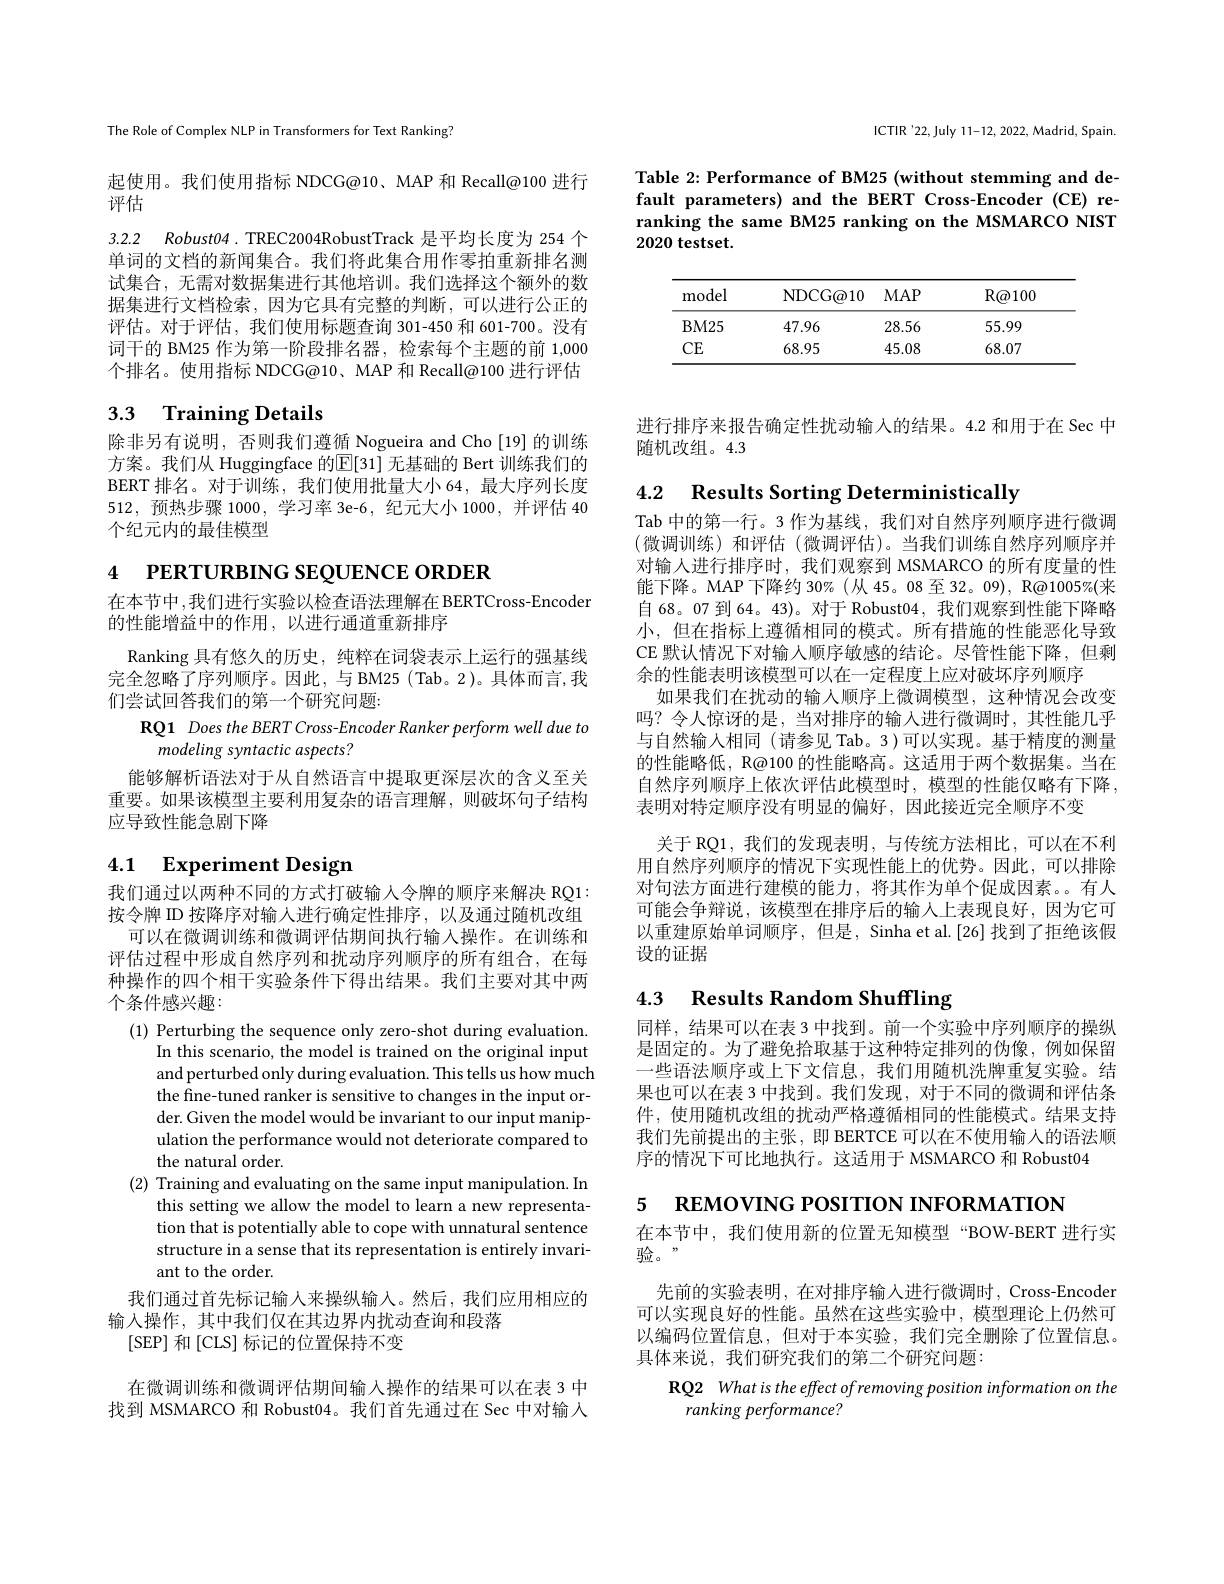
ICTIR'22,July 11-12, 2022, Madrid, Spain.

Table 2: Performance of BM25 (without stemming and default parameters) and the BERT Cross-Encoder (CE) reranking the same BM25 ranking on the MSMARCO NIST 2020 testset.

<table>
	<tbody>
		<tr>
			<th>model</th>
			<th>NDCG@ 10</th>
			<th>$MAP$</th>
			<th>$R@100$</th>
		</tr>
		<tr>
			<td>$BM25$</td>
			<td>47.96</td>
			<td>28.56</td>
			<td>55.99</td>
		</tr>
		<tr>
			<td>CE</td>
			<td>68.95</td>
			<td>45.08</td>
			<td>68.07</td>
		</tr>
	</tbody>
</table>

The Role of Complex NLP in Transformers for Text Ranking?

起使用。我们使用指标 NDCG@10、MAP 和 Recall@100 进行
评估

3.2.2 Robust04. TREC2004RobustTrack 是平均长度为 254 个

单词的文档的新闻集合。我们将此集合用作零拍重新排名测试集合，无需对数据集进行其他培训。我们选择这个额外的数据集进行文档检索，因为它具有完整的判断，可以进行公正的评估。对于评估，我们使用标题查询 301-450 和 601-700。没有词干的 BM25 作为第一阶段排名器，检索每个主题的前 1,000个排名。使用指标 NDCG@10、MAP 和 Recall@100 进行评估

## 3.3 Training Details

除非另有说明，否则我们遵循 Nogueira and Cho[19]的训练方案。我们从 Huggingface 的$\boxed{\mathrm{E}}[31]$ 无基础的 Bert 训练我们的BERT 排名。对于训练，我们使用批量大小 64,最大序列长度512,预热步骤 1000, 学习率 3e-6, 纪元大小 1000, 并评估 40个纪元内的最佳模型

4 РЕRTURBING SEQUENCE ORDER

在本节中，我们进行实验以检查语法理解在 BERTCross-Encoder
的性能增益中的作用，以进行通道重新排序

Ranking 具有悠久的历史，纯粹在词袋表示上运行的强基线完全忽略了序列顺序。因此，与 BM25 (Tab。2)。具体而言，我们尝试回答我们的第一个研究问题：

RQ1 Does the BERT Cross-Encoder Ranker perform well due to
modeling syntactic aspects?
能够解析语法对于从自然语言中提取更深层次的含义至关重要。如果该模型主要利用复杂的语言理解，则破坏句子结构应导致性能急剧下降

# 4.1 Experiment Design

我们通过以两种不同的方式打破输人令牌的顺序来解决 RQ1: 按令牌 ID 按降序对输人进行确定性排序，以及通过随机改组
可以在微调训练和微调评估期间执行输入操作。在训练和评估过程中形成自然序列和扰动序列顺序的所有组合，在每种操作的四个相干实验条件下得出结果。我们主要对其中两个条件感兴趣：
(1) Perturbing the sequence only zero-shot during evaluation
In this scenario, the model is trained on the original input and perturbed only during evaluation. This tells us how much the fine-tuned ranker is sensitive to changes in the input order. Given the model would be invariant to our input manipulation the performance would not deteriorate compared to the natural order.
(2) Training and evaluating on the same input manipulation. In
this setting we allow the model to learn a new representation that is potentially able to cope with unnatural sentence structure in a sense that its representation is entirely invariant to the order.

我们通过首先标记输人来操纵输入。然后，我们应用相应的

输入操作，其中我们仅在其边界内扰动查询和段落
[SEP] 和[CLS] 标记的位置保持不变

在微调训练和微调评估期间输入操作的结果可以在表 3 中找到 MSMARCO 和 Robust04。我们首先通过在 Sec 中对输入

进行排序来报告确定性扰动输入的结果。4.2 和用于在 Sec 中
随机改组。4.3

4.2 Results Sorting Deterministically

Tab 中的第一行。3 作为基线，我们对自然序列顺序进行微调(微调训练)和评估 (微调评估)。当我们训练自然序列顺序并对输入进行排序时，我们观察到 MSMARCO 的所有度量的性能下降。MAP 下降约 30%(从 45。08 至 32。09), R@1005%(来自 68。07 到 64。43)。对于 Robust04, 我们观察到性能下降略小，但在指标上遵循相同的模式。所有措施的性能恶化导致CE 默认情况下对输人顺序敏感的结论。尽管性能下降，但剩余的性能表明该模型可以在一定程度上应对破坏序列顺序
如果我们在扰动的输人顺序上微调模型，这种情况会改变吗？令人惊讶的是，当对排序的输入进行微调时，其性能几乎与自然输人相同(请参见 Tab。3)可以实现。基于精度的测量的性能略低，R@100 的性能略高。这适用于两个数据集。当在自然序列顺序上依次评估此模型时，模型的性能仅略有下降， 表明对特定顺序没有明显的偏好，因此接近完全顺序不变
关于 RQ1,我们的发现表明，与传统方法相比，可以在不利用自然序列顺序的情况下实现性能上的优势。因此，可以排除对句法方面进行建模的能力，将其作为单个促成因素。有人可能会争辩说，该模型在排序后的输入上表现良好，因为它可以重建原始单词顺序，但是，Sinha et al.[26]找到了拒绝该假设的证据

# 4.3 Results Random Shuffling

同样，结果可以在表 3 中找到。前一个实验中序列顺序的操纵是固定的。为了避免拾取基于这种特定排列的伪像，例如保留一些语法顺序或上下文信息，我们用随机洗牌重复实验。结果也可以在表 3 中找到。我们发现，对于不同的微调和评估条件，使用随机改组的扰动严格遵循相同的性能模式。结果支持我们先前提出的主张，即 BERTCE 可以在不使用输入的语法顺序的情况下可比地执行。这适用于 MSMARCO 和 Robust04

5 REMOVING POSITION INFORMATION

在本节中，我们使用新的位置无知模型“BOW-BERT 进行实
验。

先前的实验表明，在对排序输入进行微调时，Cross-Encoder 可以实现良好的性能。虽然在这些实验中，模型理论上仍然可以编码位置信息，但对于本实验，我们完全删除了位置信息。具体来说，我们研究我们的第二个研究问题：

RQ2 What is the effect of removing position information on the
ranking performance?